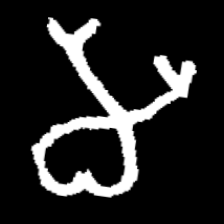
Pyu character \u2014 Myanmar letter: မ (romanized: ma)